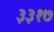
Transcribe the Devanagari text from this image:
३३१७